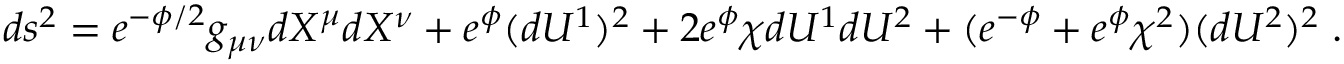
d s ^ { 2 } = e ^ { - \phi / 2 } g _ { \mu \nu } d X ^ { \mu } d X ^ { \nu } + e ^ { \phi } ( d U ^ { 1 } ) ^ { 2 } + 2 e ^ { \phi } \chi d U ^ { 1 } d U ^ { 2 } + ( e ^ { - \phi } + e ^ { \phi } \chi ^ { 2 } ) ( d U ^ { 2 } ) ^ { 2 } \; .